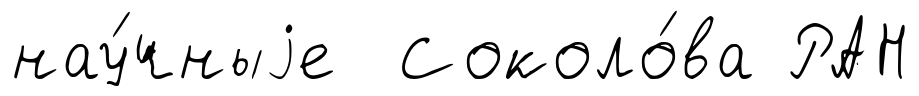
нау́чныjе Соколо́ва РАН